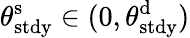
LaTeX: \theta_{\mathrm{stdy}}^{\mathrm{s}}\in(0,\theta_{\mathrm{stdy}}^{\mathrm{d}})